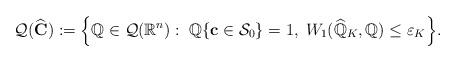
LaTeX: \begin{align*} \begin{gathered}\mathcal{Q}(\widehat{\mathbf{C}}) := \Big\{\mathbb{Q} \in \mathcal{Q}(\mathbb{R}^{n}): \; \mathbb{Q}\{\mathbf{c} \in \mathcal{S}_0\} = 1,\; W_1(\widehat{\mathbb{Q}}_K, \mathbb{Q}) \leq \varepsilon_K \Big\}. \\\end{gathered}\end{align*}